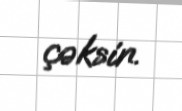
çəksin.